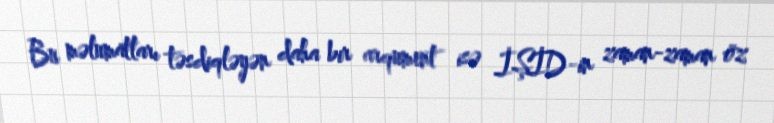
Bu məlumatları təsdiqləyən daha bir arqument isə İŞİD-in zaman-zaman öz